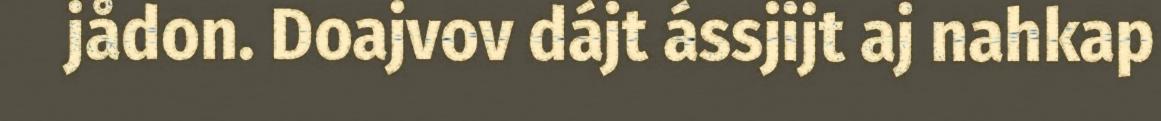
jådon. Doajvov dájt ássjijt aj nahkap